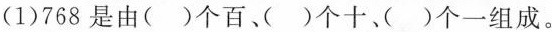
(1)768是由()个百、)个十、()个一组成。